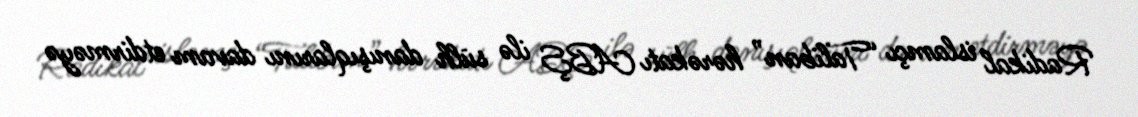
Radikal islamçı “Taliban” hərəkatı ABŞ ilə sülh danışıqlarını davam etdirməyə